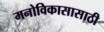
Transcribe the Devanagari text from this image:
मनोविकासासाठी